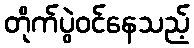
တိုက်ပွဲဝင်နေသည့်